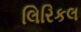
લિરિકલ